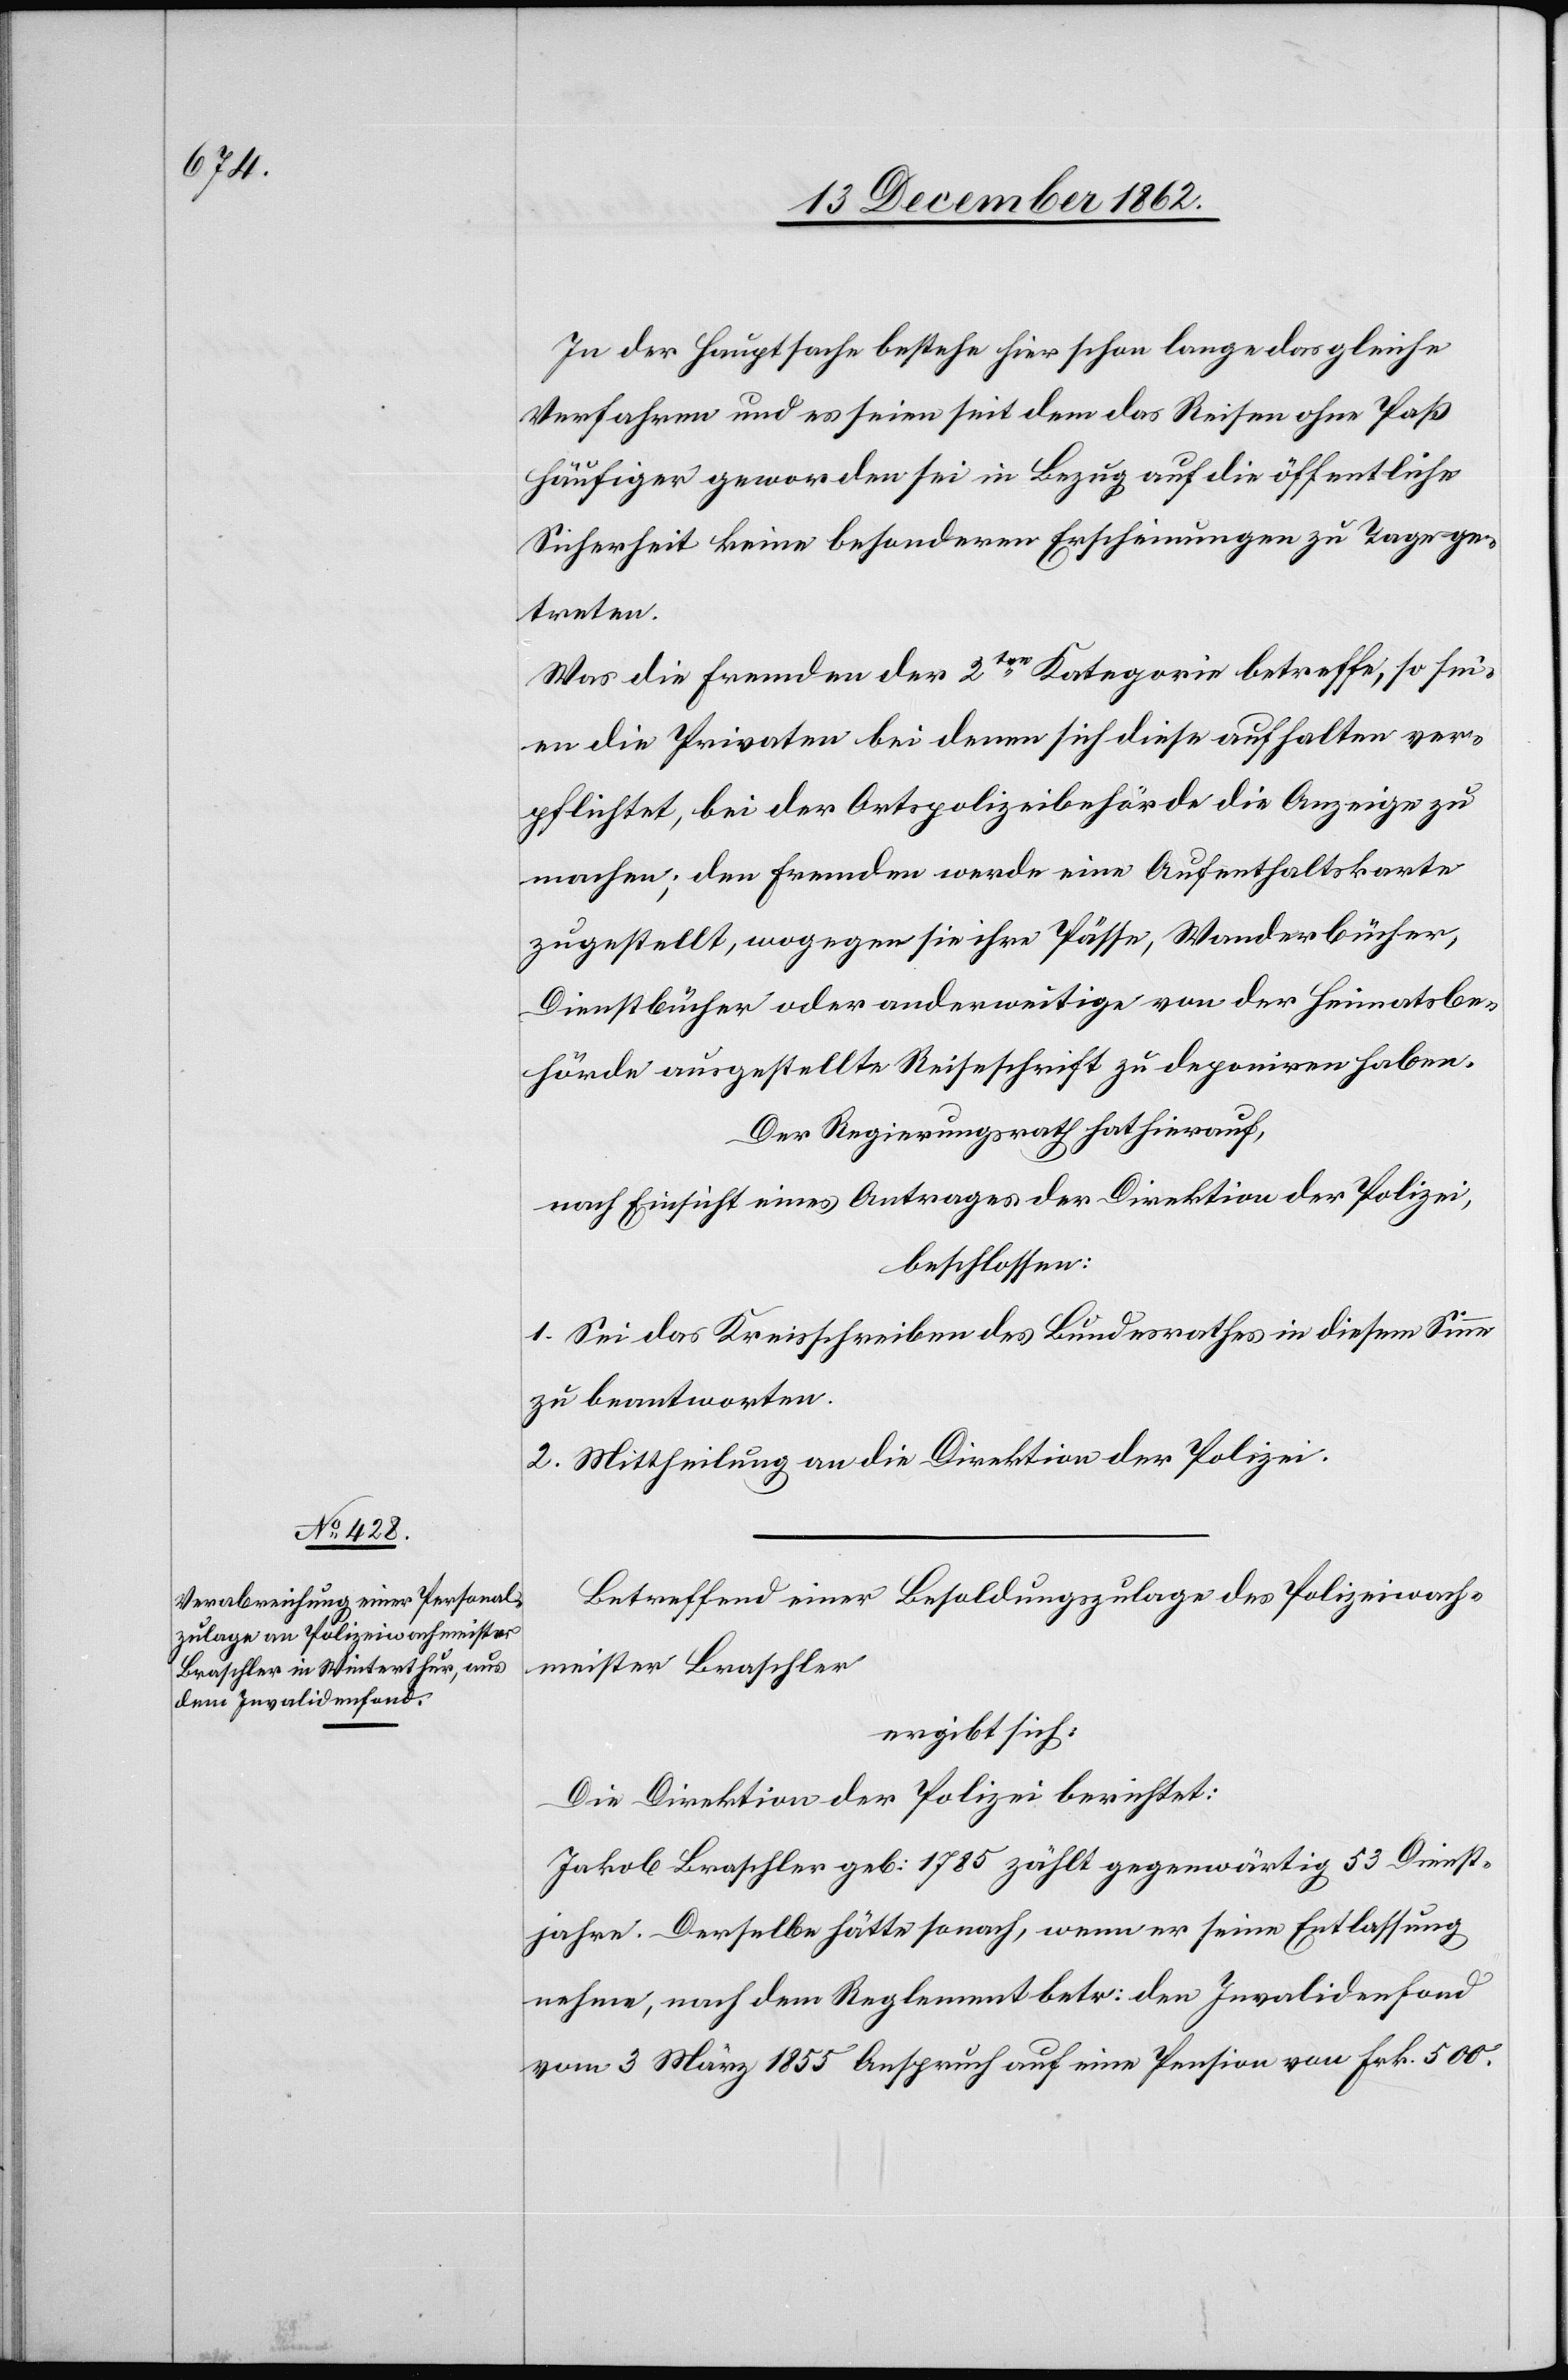
In der Hauptsache bestehe hier schon lange das gleiche
Verfahren und es seien seit dem das Reisen ohne Paß
häufiger geworden sei in Bezug auf die öffentliche
Sicherheit keine besonderen Erscheinungen zu Tage ge¬
treten.
Was die Fremden der 2ten Kategorie betreffe, so sei¬
en die Privaten bei denen sich diese aufhalten ver¬
pflichtet, bei der Ortspolizeibehörde die Anzeige zu
machen; den Fremden werde ein Aufenthaltskarte
zugestellt, wogegen sie ihre Pässe, Wanderbücher,
Dienstbücher oder anderwärtige von der Heimatsbe¬
hörde ausgestellte Reiseschriften zu deponiren haben.
Der Regierungsrath hat hierauf,
nach Einsicht eines Antrages der Direktion der Polizei,
beschlossen:
1. Sei das Kreisschreiben des Bundesrathes in diesem Sinne
zu beantworten.
2. Mittheilung an die Direktion der Polizei.
Betreffend einer Besoldungszulage des Polizeiwach¬
meister Braschler
ergibt sich:
Die Direktion der Polizei berichtet:
Jakob Braschler geb: 1785 zählt gegenwärtig 53 Dienst¬
jahre. Derselbe hätte sonach, wenn er seine Entlassung
nehme, nach dem Reglement betr. den Invalidenfond
vom 3. März 1855 Anspruch auf eine Pension von Frk. 500.